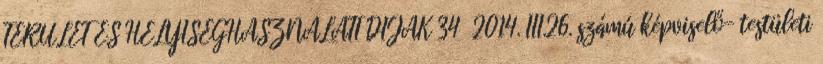
TERÜLET ÉS HELYISÉGHASZNÁLATI DÍJAK 34 2014. III.26. számú képviselő- testületi